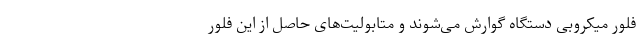
فلور میکروبی‌ دستگاه گوارش می‌شوند و متابولیت‌های حاصل از این فلور